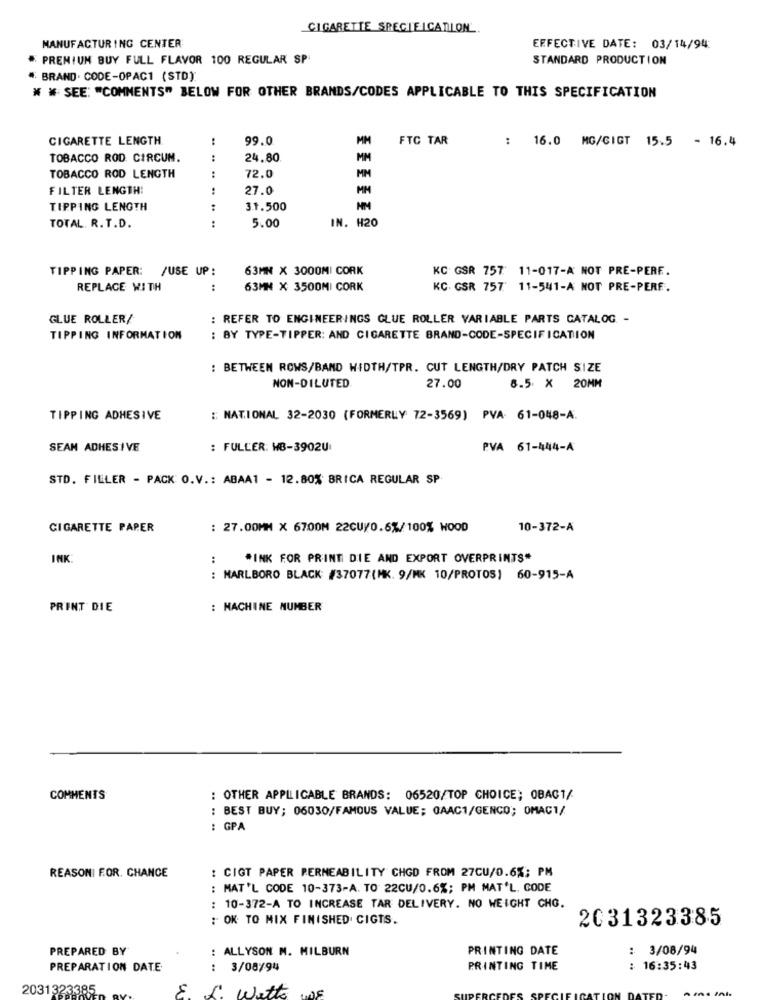
CIGARETTE SPECIFICATION.
MANUFACTURING CENTER
EFFECTIVE DATE: 03/14/94
PREMIUM BUY FULL FLAVOR 100 REGULAR SP
STANDARD PRODUCTION
" BRAND. CODE-OPAC1 (STD)
# # SEE: "COMMENTS" BELOW FOR OTHER BRANDS/CODES APPLICABLE TO THIS SPECIFICATION
CIGARETTE LENGTH
99.0
MM
FTC TAR
16.0 MG/GIGT 15.5 - 16.4
TOBACCO ROD CIRCUM.
:
24.80
MM
TOBACCO ROD LENGTH
:
72.0
MM
FILTER LENGTH:
27.0
MM
TIPPING LENGTH
:
31.500
5.00
IN. H20
TOTAL. R. T.D.
:
TIPPING PAPER: /USE UP:
63MN X 3000MI CORK
KC GSR 757 11-017-A NOT PRE-PERE.
REPLACE WITH
:
63MM X 3500MI CORK
KC. GSR 757 11-541-A NOT PRE-PERE.
GLUE ROLLER/
: REFER TO ENGINEERINGS GLUE ROLLER VARIABLE PARTS CATALOG -
TIPPING INFORMATION
: BY TYPE-TIPPER: AND CIGARETTE BRAND-CODE-SPECIFICATION
: BETWEEN ROWS/BAND WIDTH/TPR. CUT LENGTH/DRY PATCH SIZE
NON-DILUTED
27.00
8.5. X 20MM
TIPPING ADHESIVE
: NATIONAL 32-2030 (FORMERLY 72-3569) PVA 61-048-A.
SEAM ADHESIVE
: FULLER: HB-3902U
PVA 61-444-A
STD. FILLER - PACK O.V .: ABAA1 - 12.80% BRICA REGULAR SP
CIGARETTE PARER
: 27.00MM X 6700M 22CU/0.6%/100% WOOD
10-372-A
INK
:
*INK FOR PRINT DIE AND EXPORT OVERPRINTS"
: MARLBORO BLACK: #37077(MK. 9/MK 10/PROTOS) 60-915-A
PRINT DIE
: MACHINE NUMBER
COMMENTS
: OTHER APPLICABLE BRANDS: 06520/TOP CHOICE; OBAG1/
: BEST BUY; 06030/FAMOUS VALUE; CAAC1/GENCO; OMAC1/
: GPA
REASONI FOR. CHANCE
: CIGT PAPER PERMEABILITY CHGD FROM 27CU/0.6%; PM
: MAT'L CODE 10-373-A. TO 22CU/0.6%; PM MAT'L. GODE
: 10-372-A TO INCREASE TAR DELIVERY. NO WEIGHT CHO.
: OK TO MIX FINISHED CIGTS.
2031323385
PREPARED BY
: ALLYSON M. MILBURN
PRINTING DATE
: 3/08/94
PREPARATION DATE
: 3/08/94
PRINTING TIME
16:35:43
2031323385
: Wette